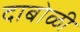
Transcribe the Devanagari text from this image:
दाबोळी